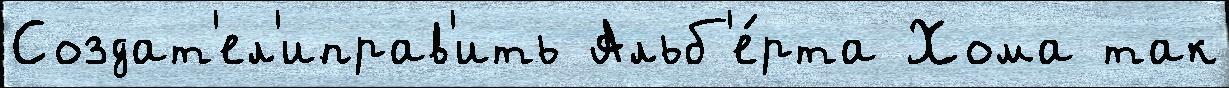
Создат'ел'иправ'ить Альб'е́рта Хома так